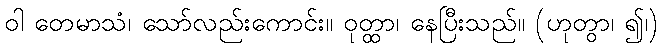
ဝါ တေမာသံ၊ သော်လည်းကောင်း။ ဝုတ္ထာ၊ နေပြီးသည်။ (ဟုတွာ၊ ၍၊)